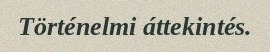
Történelmi áttekintés.